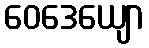
ဝေဒေယျော